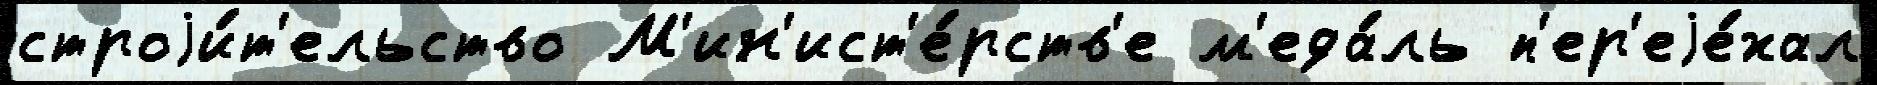
строjи́т'ельство М'ин'ист'е́рств'е м'еда́ль п'ер'еjе́хал